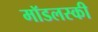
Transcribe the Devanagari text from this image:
मॉडलस्की